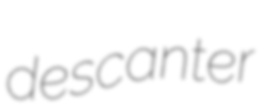
descanter